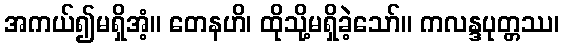
အကယ်၍မရှိအံ့။ တေနဟိ၊ ထိုသို့မရှိခဲ့သော်။ ကလန္ဒပုတ္တဿ၊